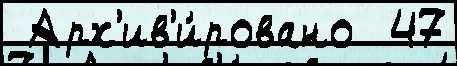
 Арх'ив'и́ровано  47